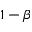
1 - \beta